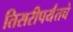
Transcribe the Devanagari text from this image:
तिसरीपर्यंतचे